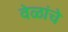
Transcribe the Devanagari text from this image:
वेळांचे